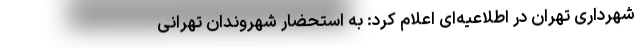
شهرداری تهران در اطلاعیه‌ای اعلام کرد: به استحضار شهروندان تهرانی